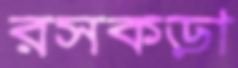
রসকড়া